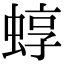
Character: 蜳